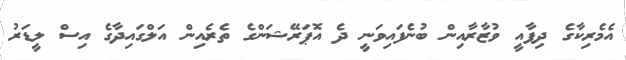
އެމެރިކާގެ ދިފާއީ ވުޒާރާއިން ބުނެފައިވަނީ ދެ އޮޕަރޭޝަންގެ ތެރެއިން އަލްގައިދާގެ އިސް ލީޑަރު